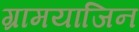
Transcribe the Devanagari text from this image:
ग्रामयाजिन